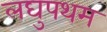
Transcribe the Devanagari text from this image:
लघुपथम